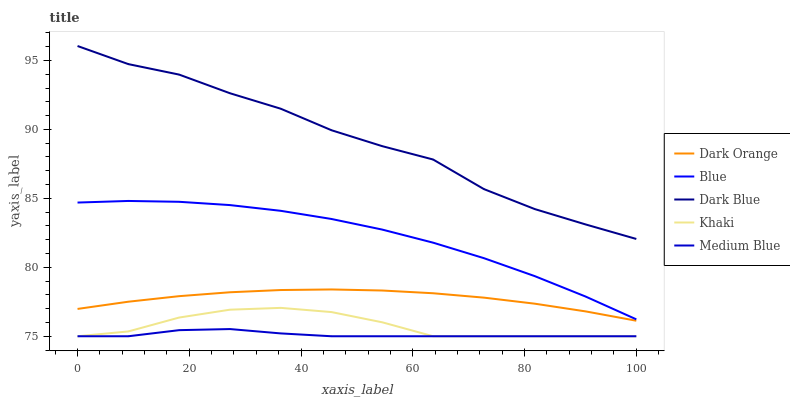
| xaxis_label | Dark Orange | Blue | Dark Blue | Khaki | Medium Blue |
 | --- | --- | --- | --- | --- | --- |
 | 0 | 77 | 84.7 | 96 | 75 | 75 |
 | 9.09 | 77.5 | 84.8 | 94.7 | 75.3 | 75 |
 | 18.2 | 77.9 | 84.7 | 94 | 76.4 | 75.4 |
 | 27.3 | 78.2 | 84.5 | 92.6 | 76.9 | 75.5 |
 | 36.4 | 78.4 | 84.1 | 91.5 | 77.1 | 75.2 |
 | 45.5 | 78.4 | 83.5 | 89.9 | 76.8 | 75 |
 | 54.5 | 78.3 | 82.7 | 88.8 | 76 | 75 |
 | 63.6 | 78.1 | 81.8 | 87.8 | 75 | 75 |
 | 72.7 | 77.8 | 80.7 | 85.7 | 75 | 75 |
 | 81.8 | 77.4 | 79.4 | 84.2 | 75 | 75 |
 | 90.9 | 76.8 | 77.9 | 83.1 | 75 | 75 |
 | 100 | 76.1 | 76.2 | 82.1 | 75 | 75 |